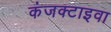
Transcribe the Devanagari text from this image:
कंजक्टाइवा